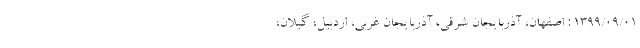
۱۳۹۹/۰۹/۰۱ : اصفهان، آذربایجان شرقی، آذربایجان غربی، اردبیل، گیلان،